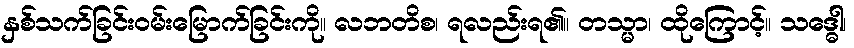
နှစ်သက်ခြင်းဝမ်းမြောက်ခြင်းကို။ လဘတိစ၊ ရလည်းရ၏။ တသ္မာ၊ ထိုကြောင့်။ သဒ္ဓေါ၊